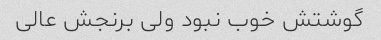
گوشتش خوب نبود ولی برنجش عالی